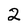
Character: 2